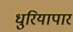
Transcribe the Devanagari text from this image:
धुरियापार